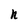
Character: n